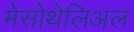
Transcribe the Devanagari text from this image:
मेसोथेलिअल